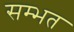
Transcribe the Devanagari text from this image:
सम्भत